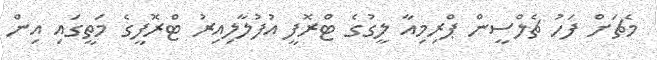
މެޗަށް ފަހު ޗެލްސީން ޕްރިމިއާ ލީގުގެ ޓްރޮފީ އުފުލާލިއިރު ޓްރޮފީގެ މަތީގައި އިން